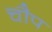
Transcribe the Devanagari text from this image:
चौप